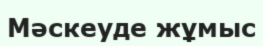
Мәскеуде жұмыс